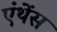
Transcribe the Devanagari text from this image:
एंथेंस